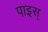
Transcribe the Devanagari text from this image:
पाइस्